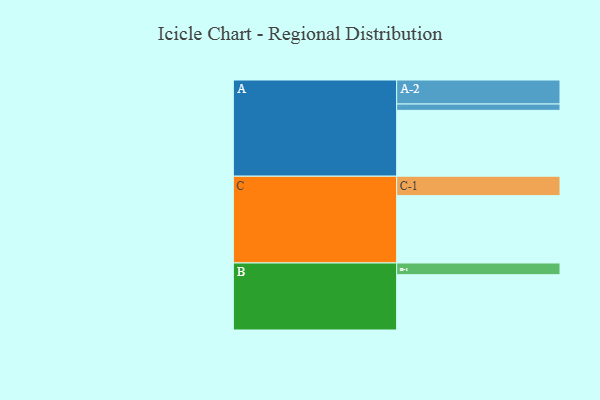
{"axis": {"x": "Segment", "y": "Value"}, "legend": ["", "A", "B", "C"], "data": [{"x": "A", "y": 573, "type": ""}, {"x": "B", "y": 481, "type": ""}, {"x": "C", "y": 586, "type": ""}, {"x": "A-1", "y": 55, "type": "A"}, {"x": "A-2", "y": 209, "type": "A"}, {"x": "B-1", "y": 102, "type": "B"}, {"x": "C-1", "y": 169, "type": "C"}]}